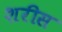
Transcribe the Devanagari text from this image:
शरीस